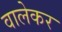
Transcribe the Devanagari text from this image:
वालेकर